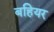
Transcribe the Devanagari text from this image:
बहियर